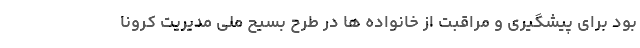
بود برای پیشگیری و مراقبت از خانواده ها در طرح بسیح ملی مدیریت کرونا